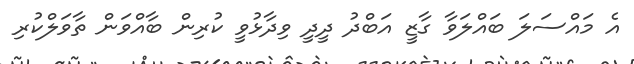
އެ މައްސަލަ ބައްލަވާ ގާޒީ އަބްދު ދީދީ ވިދާޅުވީ ކުރިން ބާއްވަން ތާވަލްކުރި